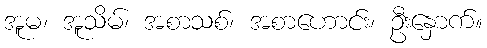
အူမ၊ အူသိမ်၊ အစာသစ်၊ အစာဟောင်း၊ ဦးနှောက်။